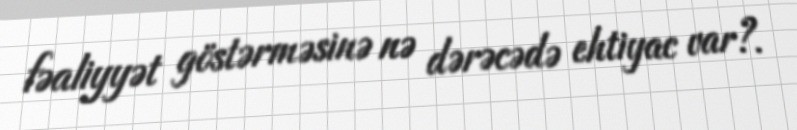
fəaliyyət göstərməsinə nə dərəcədə ehtiyac var?.